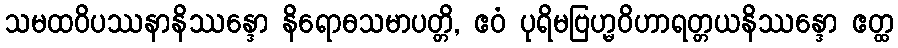
သမထဝိပဿနာနိဿန္ဒော နိရောဓသမာပတ္တိ, ဧဝံ ပုရိမဗြဟ္မဝိဟာရတ္တယနိဿန္ဒော ဧတ္ထ